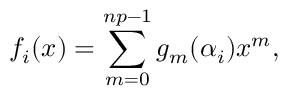
f _ { i } ( x ) = \sum _ { m = 0 } ^ { n p - 1 } g _ { m } ( \alpha _ { i } ) x ^ { m } ,